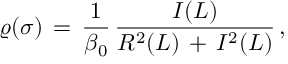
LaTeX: \varrho ( \sigma ) \, = \, \frac { 1 } { \beta _ { 0 } } \, \frac { I ( L ) } { R ^ { 2 } ( L ) \, + \, I ^ { 2 } ( L ) } \, ,